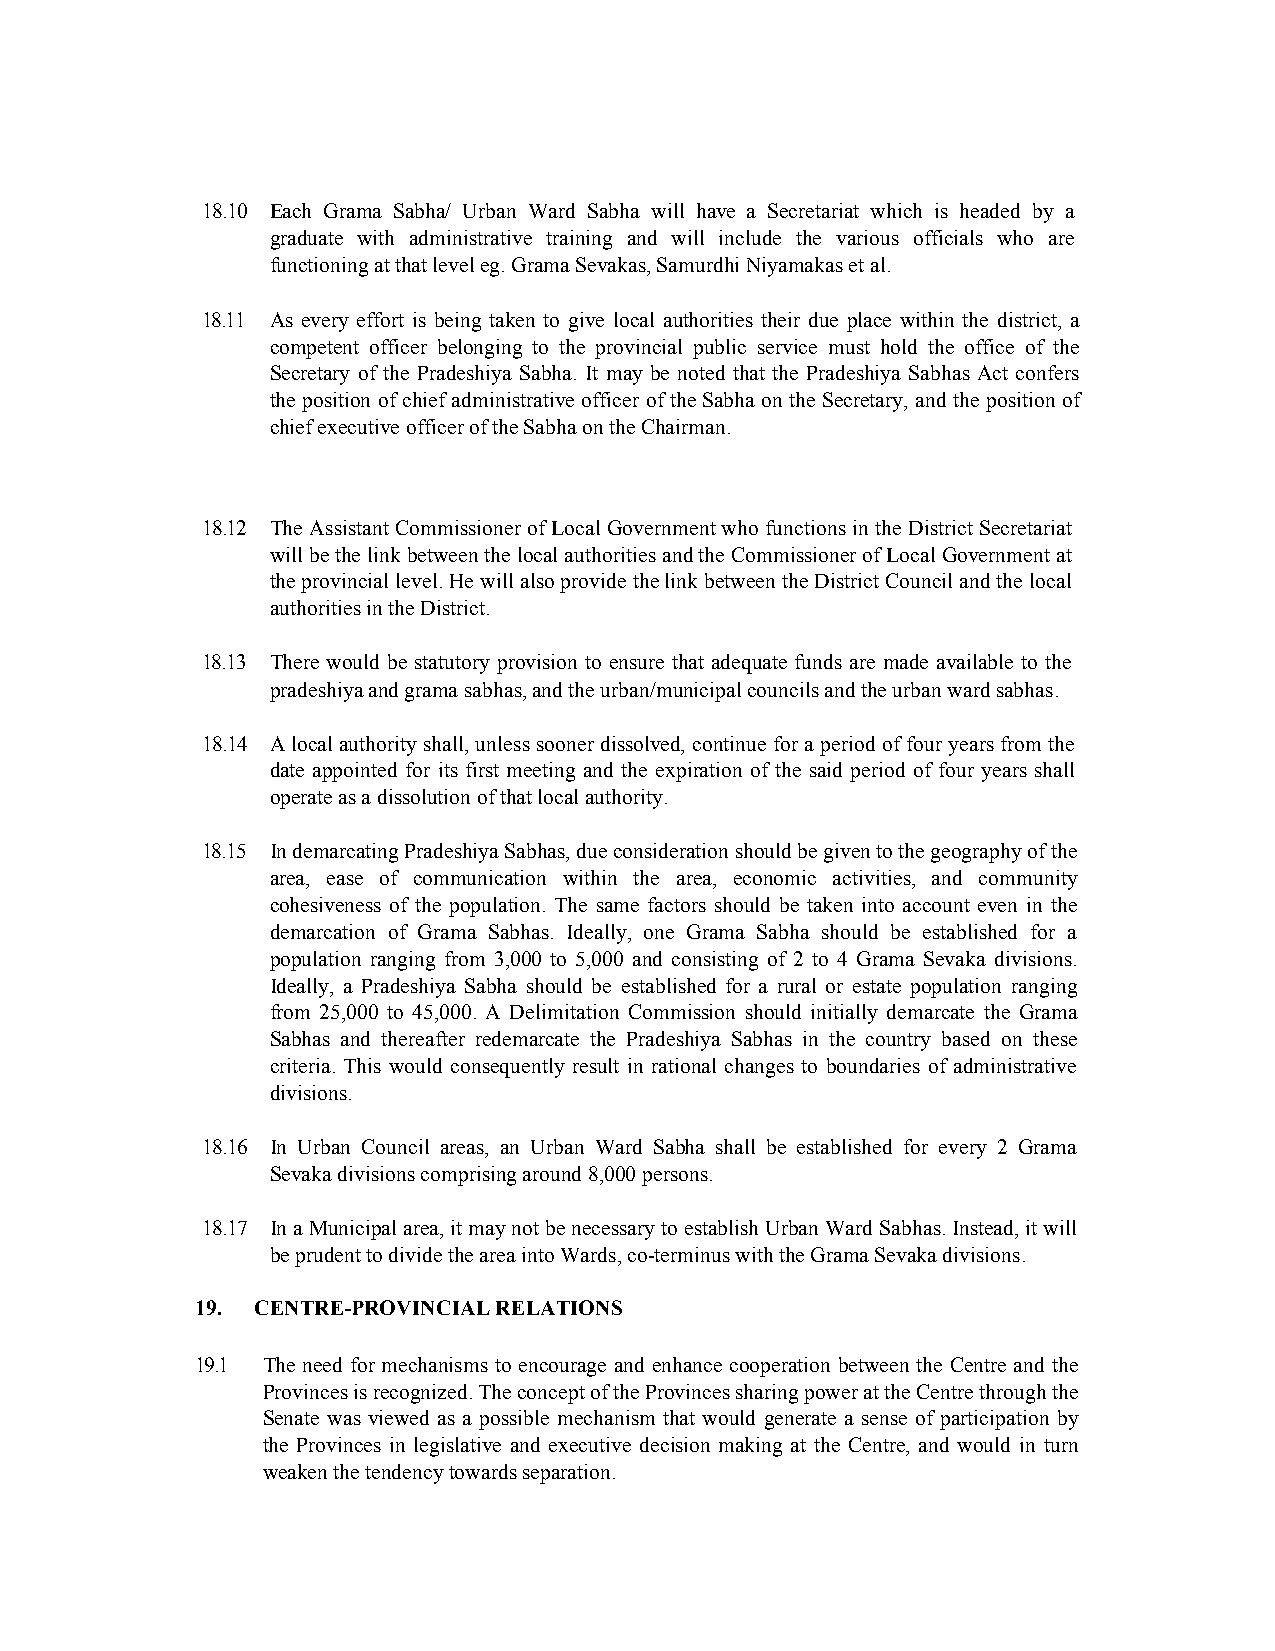
18.10 Each Grama Sabha/ Urban Ward Sabha will have a Secretariat which is headed by a
 graduate with administrative training and will include the various officials who are
 functioning at that level eg. Grama Sevakas, Samurdhi Niyamakas et al.
 18.11 As every effort is being taken to give local authorities their due place within the district, a
 competent officer belonging to the provincial public service must hold the office of the
 Secretary of the Pradeshiya Sabha. It may be noted that the Pradeshiya Sabhas Act confers
 the position of chief administrative officer of the Sabha on the Secretary, and the position of
 chief executive officer of the Sabha on the Chairman.
 18.12 The Assistant Commissioner of Local Government who functions in the District Secretariat
 will be the link between the local authorities and the Commissioner of Local Government at
 the provincial level. He will also provide the link between the District Council and the local
 authorities in the District.
 18.13 There would be statutory provision to ensure that adequate funds are made available to the
 pradeshiya and grama sabhas, and the urban/municipal councils and the urban ward sabhas.
 18.14 A local authority shall, unless sooner dissolved, continue for a period of four years from the
 date appointed for its first meeting and the expiration of the said period of four years shall
 operate as a dissolution of that local authority.
 18.15 In demarcating Pradeshiya Sabhas, due consideration should be given to the geography of the
 area, ease of communication within the area, economic activities, and community
 cohesiveness of the population. The same factors should be taken into account even in the
 demarcation of Grama Sabhas. Ideally, one Grama Sabha should be established for a
 population ranging from 3,000 to 5,000 and consisting of 2 to 4 Grama Sevaka divisions.
 Ideally, a Pradeshiya Sabha should be established for a rural or estate population ranging
 from 25,000 to 45,000. A Delimitation Commission should initially demarcate the Grama
 Sabhas and thereafter redemarcate the Pradeshiya Sabhas in the country based on these
 criteria. This would consequently result in rational changes to boundaries of administrative
 divisions.
 18.16 In Urban Council areas, an Urban Ward Sabha shall be established for every 2 Grama
 Sevaka divisions comprising around 8,000 persons.
 18.17 In a Municipal area, it may not be necessary to establish Urban Ward Sabhas. Instead, it will
 be prudent to divide the area into Wards, co-terminus with the Grama Sevaka divisions.
 19. CENTRE-PROVINCIAL RELATIONS
 19.1 The need for mechanisms to encourage and enhance cooperation between the Centre and the
 Provinces is recognized. The concept of the Provinces sharing power at the Centre through the
 Senate was viewed as a possible mechanism that would generate a sense of participation by
 the Provinces in legislative and executive decision making at the Centre, and would in turn
 weaken the tendency towards separation.